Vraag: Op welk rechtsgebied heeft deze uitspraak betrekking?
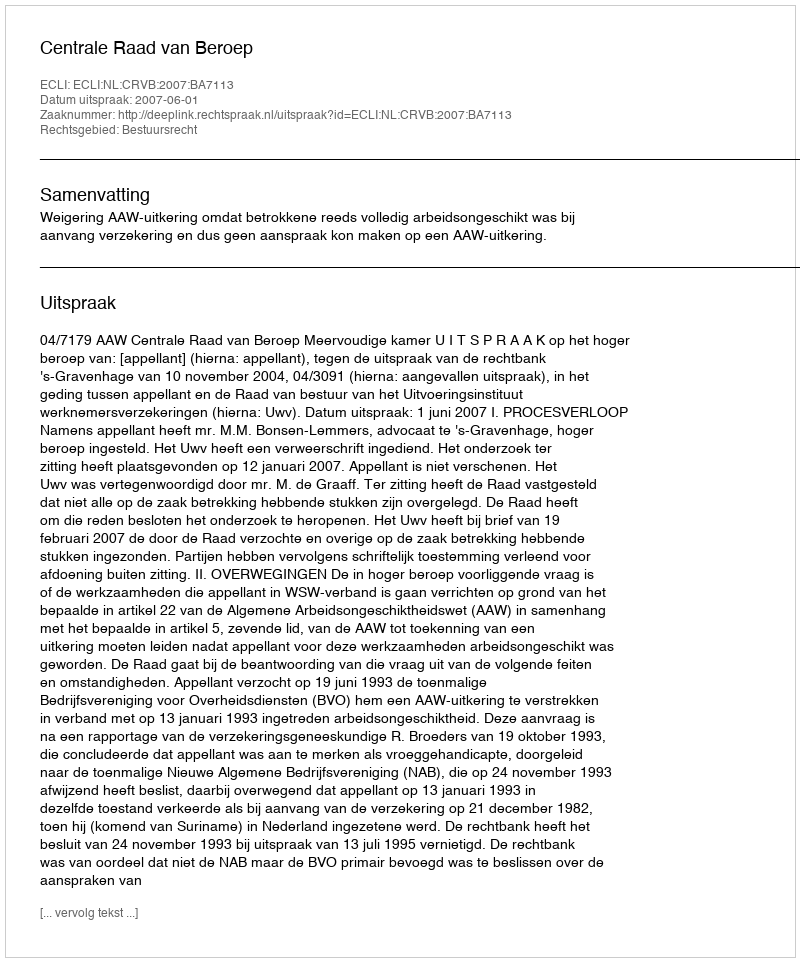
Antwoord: Bestuursrecht